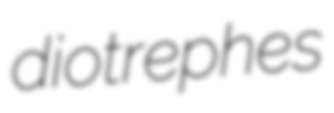
diotrephes